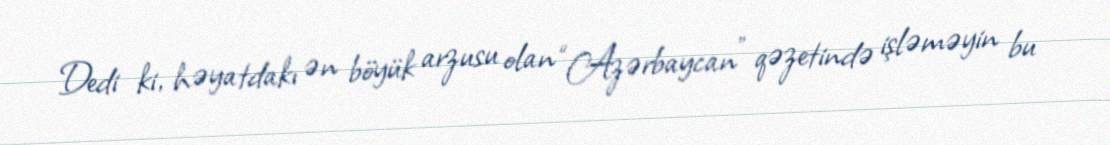
Dedi ki, həyatdakı ən böyük arzusu olan “Azərbaycan” qəzetində işləməyin bu